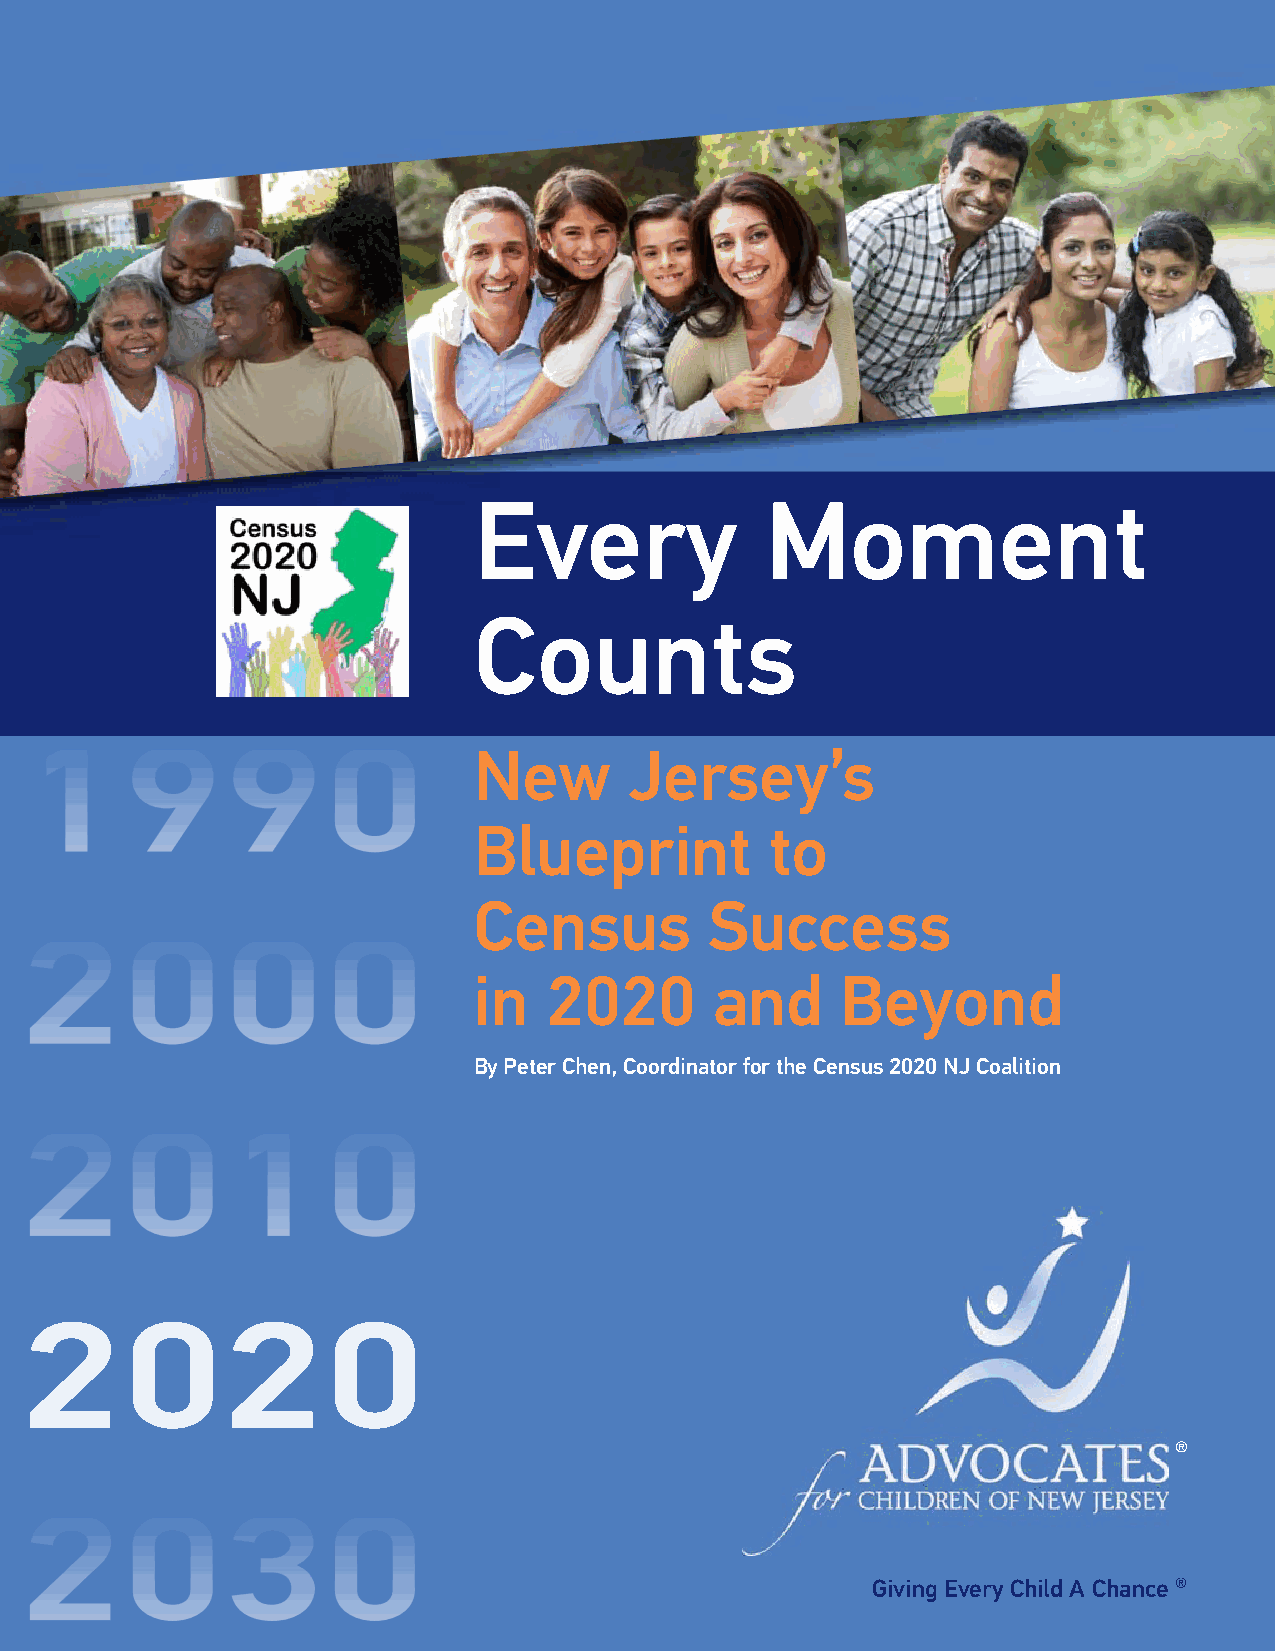
Every               Moment
 Counts
 New        Jersey’s
 Blueprint           to
 Census          Success
 in   2020       and      Beyond
 By Peter Chen, Coordinator for the Census 2020 NJ Coalition
 ®
 Giving Every Child A Chance®